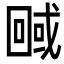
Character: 𭍮